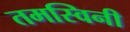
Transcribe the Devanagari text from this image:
तमस्विनी